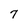
Character: 7